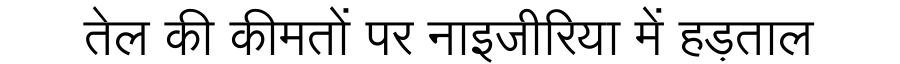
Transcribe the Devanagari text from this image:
तेल की कीमतों पर नाइजीरिया में हड़ताल